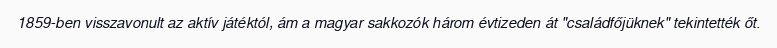
1859-ben visszavonult az aktív játéktól, ám a magyar sakkozók három évtizeden át "családfőjüknek" tekintették őt.